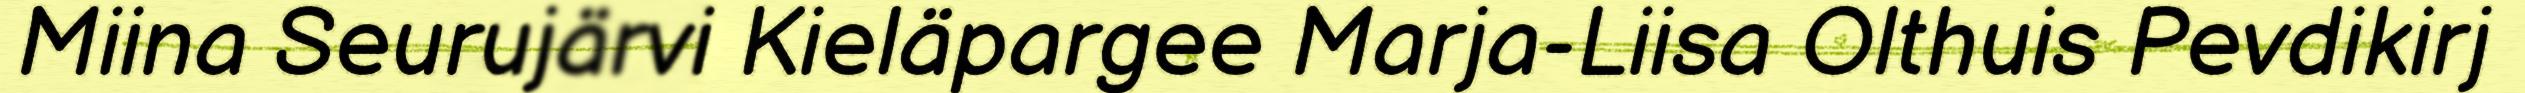
Miina Seurujärvi Kieläpargee Marja-Liisa Olthuis Pevdikirj